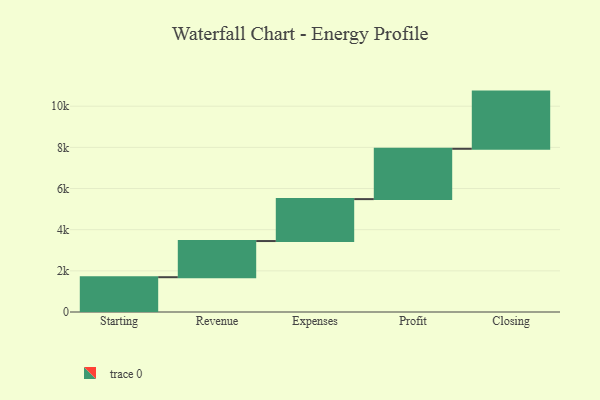
{"axis": {"x": "Step", "y": "Value"}, "legend": [""], "data": [{"x": "Starting", "y": 1691.0, "type": ""}, {"x": "Revenue", "y": 1757.0, "type": ""}, {"x": "Expenses", "y": 2037.0, "type": ""}, {"x": "Profit", "y": 2446.0, "type": ""}, {"x": "Closing", "y": 2779.0, "type": ""}]}